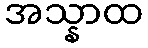
အသ္နာထ